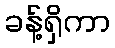
ခန့်ရှိကာ